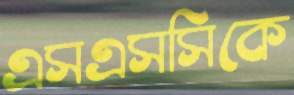
এসএসসিকে